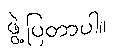
ဖွဲ့ပြတာပါ။